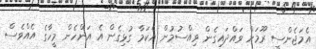
އެމަޖެންސީ ރޫމަށް ވައްދައިގެން ވިއްސުމުން އެކަމާ ގުޅިގެން އެ އަންހެން މީހާގެ އެއްވެސް